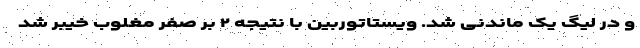
و در لیگ یک ماندنی شد. ویستاتوربین با نتیجه ۲ بر صفر مغلوب خیبر شد